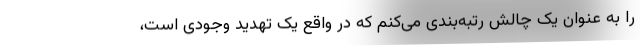
را به عنوان یک چالش رتبه‌بندی می‌کنم که در واقع یک تهدید وجودی است‌،